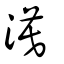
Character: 漠